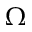
\Omega